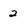
Character: 2